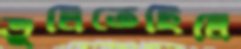
ভুলিতেছিলি